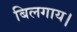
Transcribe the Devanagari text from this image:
बिलगाय।